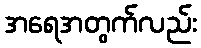
အရေအတွက်လည်း